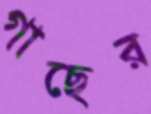
গাছের